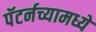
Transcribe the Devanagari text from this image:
पॅटर्नच्यामध्ये